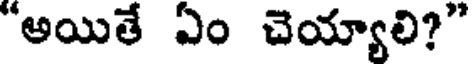
"అయితే ఏం చెయ్యాలి?"